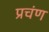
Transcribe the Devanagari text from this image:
प्रचंण